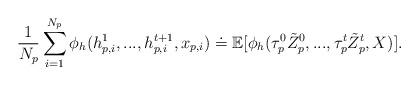
LaTeX: \begin{align*}\frac{1}{N_p}\sum_{i=1}^{N_p}\phi_h(h_{p,i}^1,...,h_{p,i}^{t+1},x_{p,i}) \doteq \mathbb{E}[\phi_h(\tau_p^0\tilde{Z}_p^0,...,\tau_p^t\tilde{Z}_p^t,X)].\end{align*}